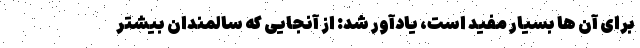
برای آن ها بسیار مفید است، یادآور شد: از آنجایی که سالمندان بیشتر